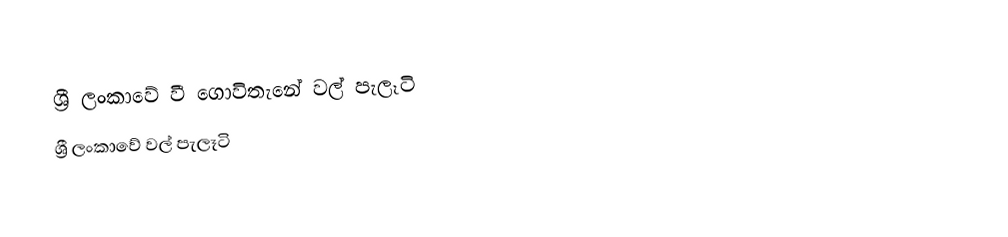
ශ්‍රී ලංකාවේ වී ගොවිතැනේ වල් පැලෑටි
ශ්‍රී ලංකාවේ වල් පැලෑටි